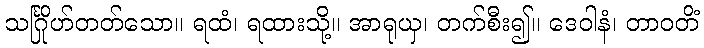
သင်္ဂြိုဟ်တတ်သော။ ရထံ၊ ရထားသို့။ အာရုယှ၊ တက်စီး၍။ ဒေဝါနံ၊ တာဝတိံ